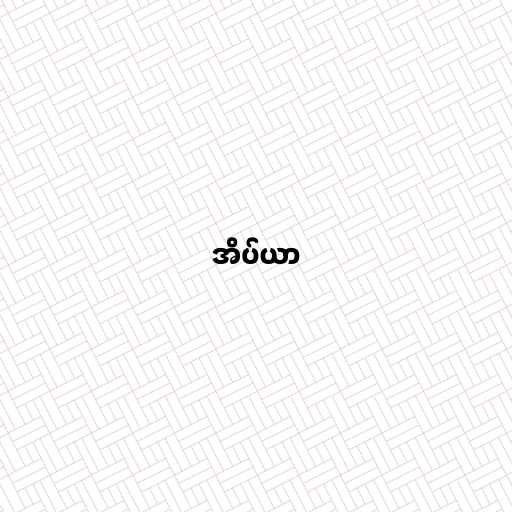
အိပ်ယာ